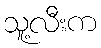
သူ့လီးက